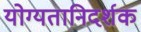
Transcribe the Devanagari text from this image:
योग्यतानिदर्शक